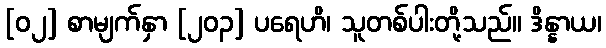
[၀၂] စာမျက်နှာ [၂၀၃] ပရေဟိ၊ သူတစ်ပါးတို့သည်။ ဒိန္နာယ၊